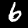
Digit: 6